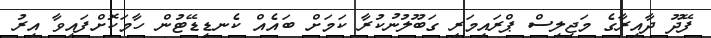
ފޭދޫ ދާއިރާގެ މަޖިލިސް ޕްރައިމަރީ ގަބޫލުނުކުރާ ކަމަށް ބައެއް ކެނޑިޑޭޓުން ހާމަކޮށްފައިވާ އިރު